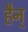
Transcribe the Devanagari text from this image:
हैन्